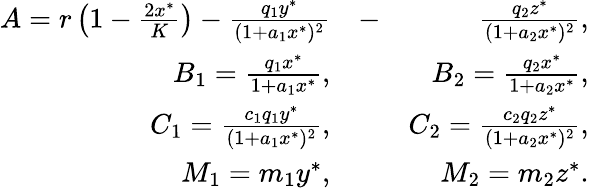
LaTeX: \begin{array}{rlr}{A=r\left(1-\frac{2x^{*}}{K}\right)-\frac{q_{1}y^{*}}{(1+a_{1}x^{*})^{2}}}&{-}&{\frac{q_{2}z^{*}}{(1+a_{2}x^{*})^{2}},}\\ {B_{1}=\frac{q_{1}x^{*}}{1+a_{1}x^{*}},}&{}&{B_{2}=\frac{q_{2}x^{*}}{1+a_{2}x^{*}},}\\ {C_{1}=\frac{c_{1}q_{1}y^{*}}{(1+a_{1}x^{*})^{2}},}&{}&{C_{2}=\frac{c_{2}q_{2}z^{*}}{(1+a_{2}x^{*})^{2}},}\\ {M_{1}=m_{1}y^{*},}&{}&{M_{2}=m_{2}z^{*}.}\end{array}